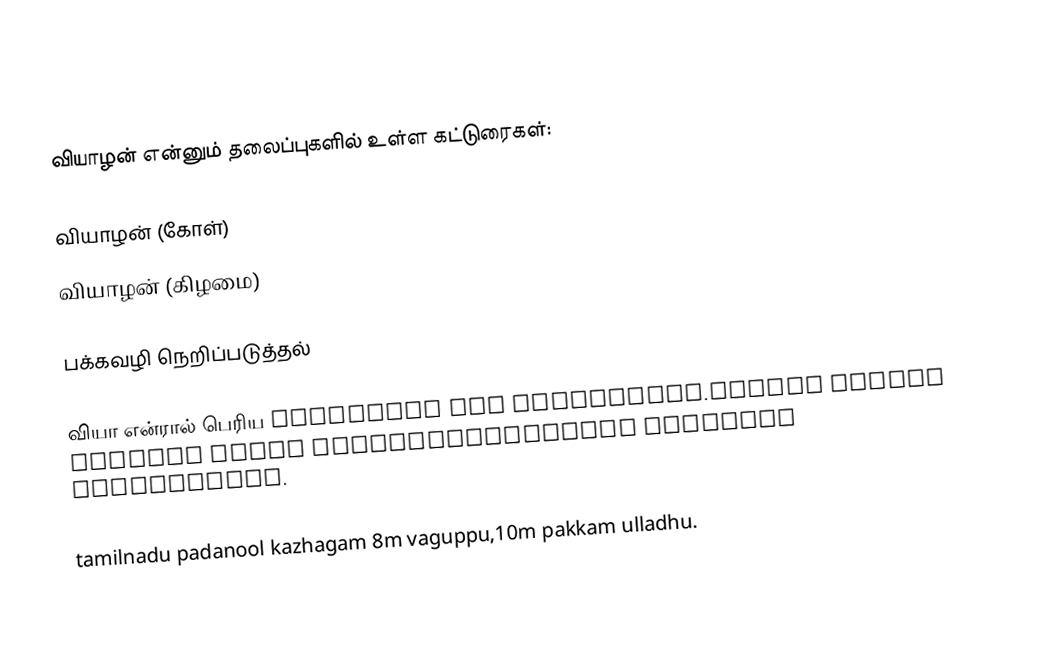
வியாழன் என்னும் தலைப்புகளில் உள்ள கட்டுரைகள்:

வியாழன் (கோள்)
வியாழன் (கிழமை)

பக்கவழி நெறிப்படுத்தல்

வியா என்ரால் பெரிய niraintha ena porulpadum.vaanil  periya collaga valam varuvathanalaeyae viyazhan engindranar.

tamilnadu padanool kazhagam 8m vaguppu,10m pakkam ulladhu.